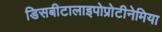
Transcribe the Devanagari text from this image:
डिसबीटालाइपोप्रोटीनेमिया